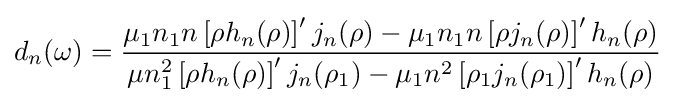
d_{n}(\omega )={\frac {\mu _{1}n_{1}n\left[\rho h_{n}(\rho )\right]'j_{n}(\rho )-\mu _{1}n_{1}n\left[\rho j_{n}(\rho )\right]'h_{n}(\rho )}{\mu n_{1}^{2}\left[\rho h_{n}(\rho )\right]'j_{n}(\rho _{1})-\mu _{1}n^{2}\left[\rho _{1}j_{n}(\rho _{1})\right]'h_{n}(\rho )}}